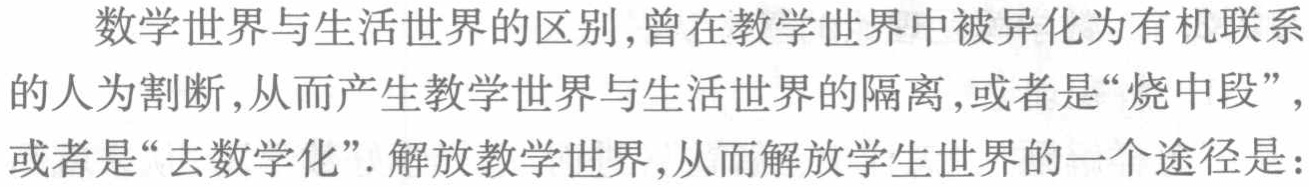
数学世界与生活世界的区别,曾在教学世界中被异化为有机联系的人为割断,从而产生教学世界与生活世界的隔离,或者是“烧中段”,或者是“去数学化”. 解放教学世界,从而解放学生世界的一个途径是: